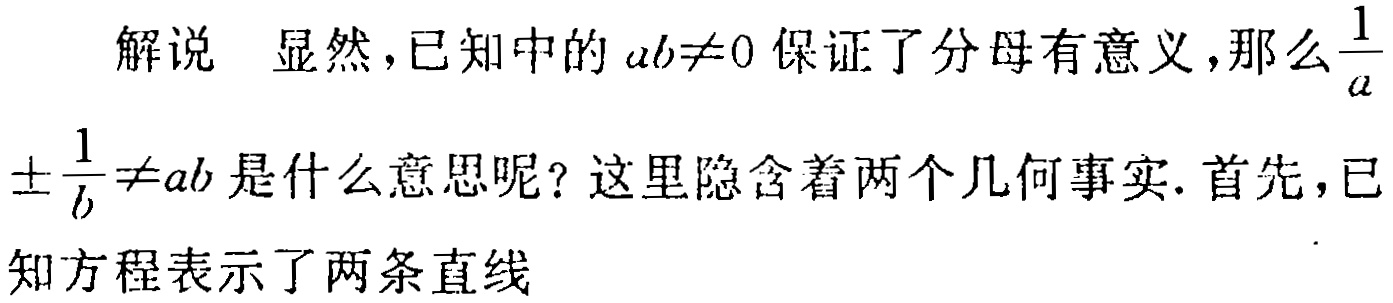
解说 显然，已知中的 \(ab\neq0\) 保证了分母有意义，那么\(\frac{1}{a}\pm\frac{1}{b}\neq ab\)是什么意思呢？这里隐含着两个几何事实. 首先，已知方程表示了两条直线